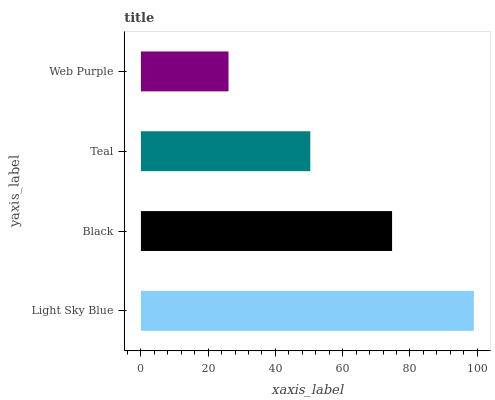
| yaxis_label | bars |
 | --- | --- |
 | Light Sky Blue | 99 |
 | Black | 74.7 |
 | Teal | 50.4 |
 | Web Purple | 26 |